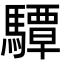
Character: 驔